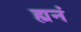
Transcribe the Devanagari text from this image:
ह्यनं